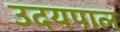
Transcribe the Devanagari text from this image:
उदयपाल